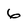
Character: 6